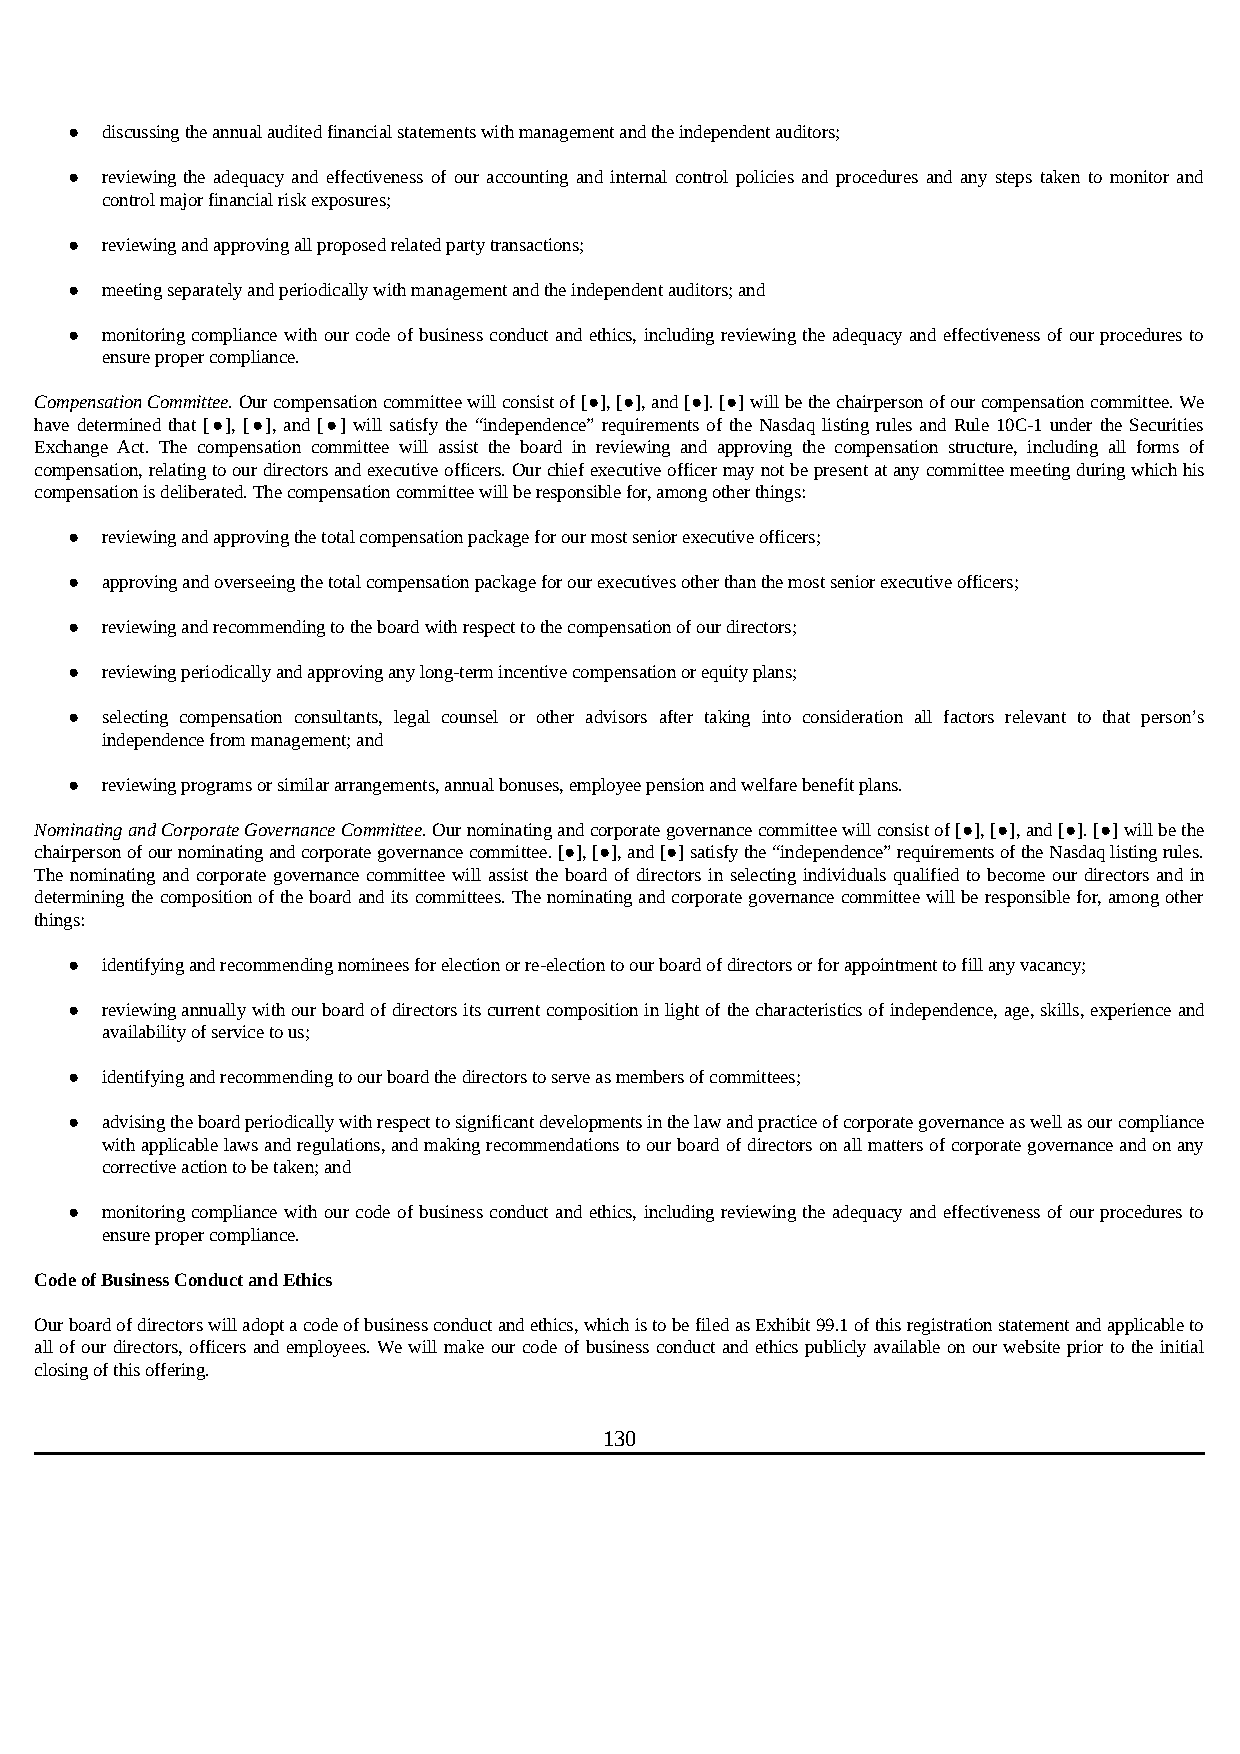
●  discussing the annual audited financial statements with management and the independent auditors;
 ●  reviewing the adequacy and effectiveness of our accounting and internal control policies and procedures and any steps taken to monitor and
 control major financial risk exposures;
 ●  reviewing and approving all proposed related party transactions;
 ●  meeting separately and periodically with management and the independent auditors; and
 ●  monitoring compliance with our code of business conduct and ethics, including reviewing the adequacy and effectiveness of our procedures to
 ensure proper compliance.
 Compensation Committee. Our compensation committee will consist of [●], [●], and [●]. [●] will be the chairperson of our compensation committee. We
 have determined that [●], [●], and [●] will satisfy the “independence” requirements of the Nasdaq listing rules and Rule 10C-1 under the Securities
 Exchange Act. The compensation committee will assist the board in reviewing and approving the compensation structure, including all forms of
 compensation, relating to our directors and executive officers. Our chief executive officer may not be present at any committee meeting during which his
 compensation is deliberated. The compensation committee will be responsible for, among other things:
 ●  reviewing and approving the total compensation package for our most senior executive officers;
 ●  approving and overseeing the total compensation package for our executives other than the most senior executive officers;
 ●  reviewing and recommending to the board with respect to the compensation of our directors;
 ●  reviewing periodically and approving any long-term incentive compensation or equity plans;
 ●  selecting compensation consultants, legal counsel or other advisors after taking into consideration all factors relevant to that person’s
 independence from management; and
 ●  reviewing programs or similar arrangements, annual bonuses, employee pension and welfare benefit plans.
 Nominating and Corporate Governance Committee. Our nominating and corporate governance committee will consist of [●], [●], and [●]. [●] will be the
 chairperson of our nominating and corporate governance committee. [●], [●], and [●] satisfy the “independence” requirements of the Nasdaq listing rules.
 The nominating and corporate governance committee will assist the board of directors in selecting individuals qualified to become our directors and in
 determining the composition of the board and its committees. The nominating and corporate governance committee will be responsible for, among other
 things:
 ●  identifying and recommending nominees for election or re-election to our board of directors or for appointment to fill any vacancy;
 ●  reviewing annually with our board of directors its current composition in light of the characteristics of independence, age, skills, experience and
 availability of service to us;
 ●  identifying and recommending to our board the directors to serve as members of committees;
 ●  advising the board periodically with respect to significant developments in the law and practice of corporate governance as well as our compliance
 with applicable laws and regulations, and making recommendations to our board of directors on all matters of corporate governance and on any
 corrective action to be taken; and
 ●  monitoring compliance with our code of business conduct and ethics, including reviewing the adequacy and effectiveness of our procedures to
 ensure proper compliance.
 Code of Business Conduct and Ethics
 Our board of directors will adopt a code of business conduct and ethics, which is to be filed as Exhibit 99.1 of this registration statement and applicable to
 all of our directors, officers and employees. We will make our code of business conduct and ethics publicly available on our website prior to the initial
 closing of this offering.
 130